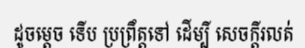
ដូចម្តេច ទើប ប្រព្រឹត្តទៅ ដើម្បី សេចក្តីរលត់